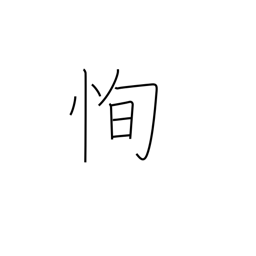
Meaning: blinking